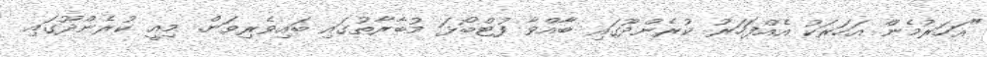
"އަހަރުމެން އަހަރަކު އެއްފަހަރު ކުރެންދޫގައި ބާއްވާ ފުޓްބޯޅަ މުބާރާތުގައި ބައިވެރިވަން. މިއީ ކުރެންދޫގައި